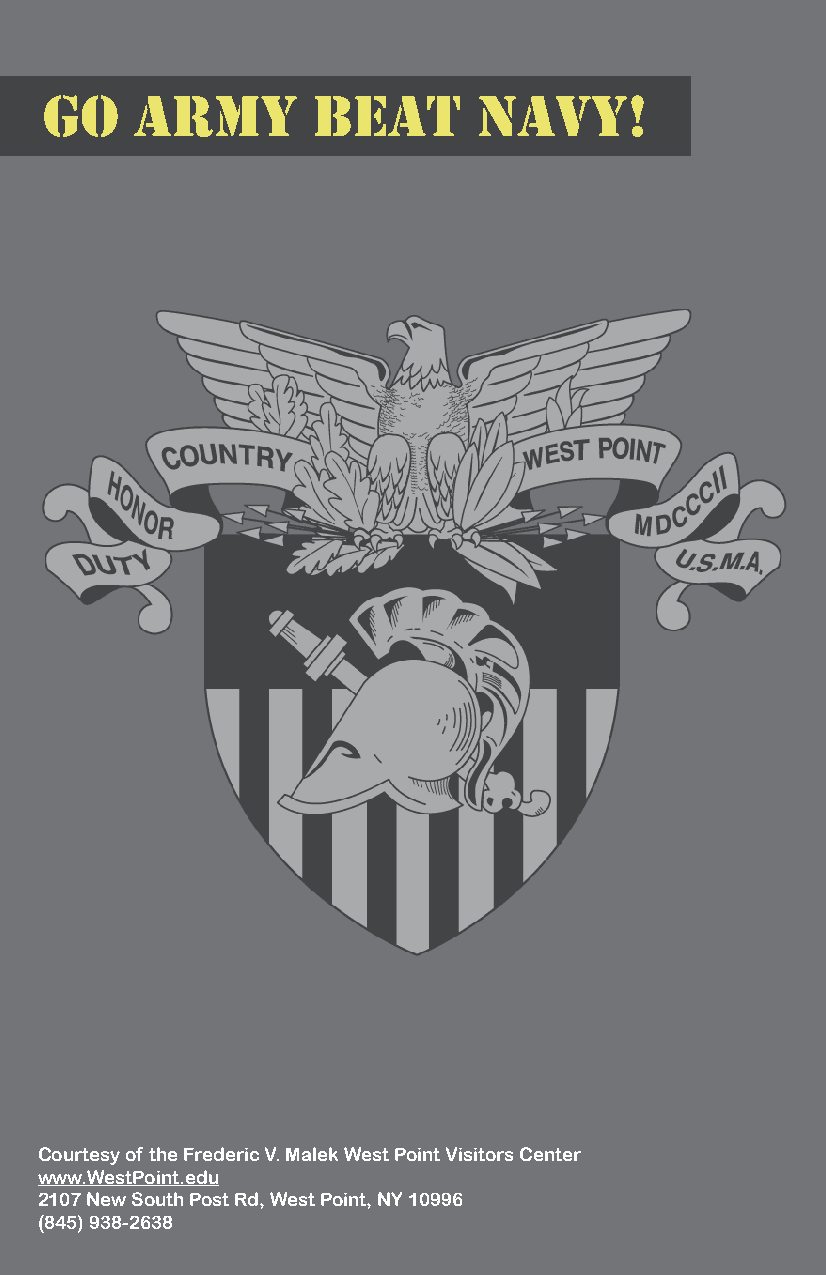
CadET   SLaNG
 AG RMO Y Ba RAr T SoMn ory da uBghtEer oaf aT car eNer AarmVy soyldi!er
 ATE UP Messy, wrong, in disarray; “his uniform was all ate up”
 BARRACKS   Buildings where the cadets live
 BEAN  HEAD A Plebe
 BOODLE  Cake, candy, ice cream, etc.
 BUTT  The remains of anything; as in the butt of the month
 CIVIES Civilian clothes
 COASTIE One who attends the US Coast Guard Academy
 DIRT Geography class for Yuks; Dirt Dept. is the Dept. of
 Geography & Environmental Engineering
 DROP  To get down and do push-ups; to order someone to do so
 ELEPHANT  One who can’t dance; cadet taking dancing lessons
 FLIRTIE Flirtation Walk, where only cadets & their guests may go
 FRIED EGG USMA crest, worn on gray, white and full dress hats
 GOAT  Lowest ranking cadet on graduation day; the US Naval
 Academy mascot, which is lower.
 GREEN  GIRL Comforter used to make cadet beds
 HOOAH  Meaning “yes” or “I understand”
 HOP  Cadet Dance
 HOURS  Walking in Central Area with a rifle as a cadet punishment
 LATE LIGHTS When a cadet has room lights on after midnight
 POOP  information
 POOP-DECK  Dining Hall balcony from which orders are given
 POOP-SHEET  Page of information
 RABBLE  ROUSER A cadet cheerleader
 RACK  A cadet bed; to sleep
 ROCK  Anyone who can’t swim
 ROGER  I understand
 SAMI Saturday A.M. (morning) Inspection
 SQUID Someone who attends the Naval Academy; a Midshipmen
 STAR MAN  A distinguished cadet whose GPA is 3.67 or higher
 SUPE  The Superintendent
 TAC A tactical officer; assigned to supervise and guide cadets
 Courtesy of the Frederic V. Malek West Point Visitors Center
 ZwwOwO.WMeIsEtP oOinnte.e dwuho attends the Air Force Academy
 2107 New South Post Rd, West Point, NY 10996
 (845) 938-2638